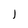
Character: 1